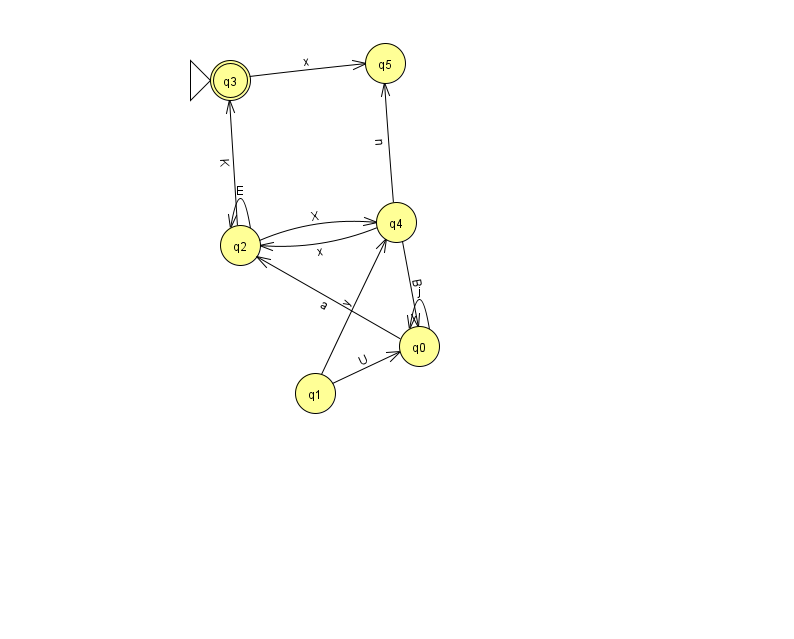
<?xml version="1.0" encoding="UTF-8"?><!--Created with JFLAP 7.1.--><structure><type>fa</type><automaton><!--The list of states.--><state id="0" name="q0"><x>419.0</x><y>333.0</y></state><state id="1" name="q1"><x>315.0</x><y>380.0</y></state><state id="2" name="q2"><x>240.0</x><y>232.0</y></state><state id="3" name="q3"><x>230.0</x><y>67.0</y><initial/><final/></state><state id="4" name="q4"><x>396.0</x><y>209.0</y></state><state id="5" name="q5"><x>385.0</x><y>50.0</y></state><!--The list of transitions.--><transition><from>1</from><to>0</to><read>U</read></transition><transition><from>1</from><to>4</to><read>y</read></transition><transition><from>2</from><to>2</to><read>E</read></transition><transition><from>3</from><to>5</to><read>x</read></transition><transition><from>2</from><to>4</to><read>X</read></transition><transition><from>4</from><to>2</to><read>x</read></transition><transition><from>0</from><to>2</to><read>a</read></transition><transition><from>0</from><to>0</to><read>j</read></transition><transition><from>4</from><to>0</to><read>B</read></transition><transition><from>2</from><to>3</to><read>K</read></transition><transition><from>4</from><to>5</to><read>n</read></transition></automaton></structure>